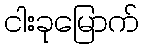
ငါးခုမြောက်